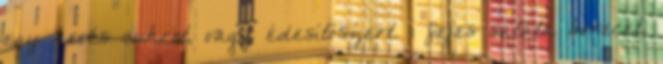
egy kevés cukrot, vagy édesítőszert. 1 fejes saláta borecet,